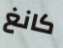
كانغ